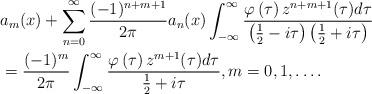
LaTeX: \begin{align*}& a_{m}(x)+\sum_{n=0}^{\infty}\frac{(-1)^{n+m+1}}{2\pi}a_{n}(x)\int_{-\infty}^{\infty}\frac{\varphi\left( \tau\right) z^{n+m+1}(\tau)d\tau}{\left(\frac{1}{2}-i\tau\right) \left( \frac{1}{2}+i\tau\right) }\\& =\frac{(-1)^{m}}{2\pi}\int_{-\infty}^{\infty}\frac{\varphi\left(\tau\right) z^{m+1}(\tau)d\tau}{\frac{1}{2}+i\tau},m=0,1,\ldots.\end{align*}